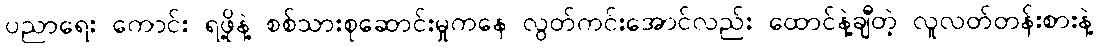
ပညာရေး ကောင်း ရဖို့နဲ့ စစ်သားစုဆောင်းမှုကနေ လွတ်ကင်းအောင်လည်း ထောင်နဲ့ချီတဲ့ လူလတ်တန်းစားနဲ့